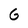
Character: G